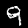
Label: 9